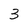
Character: 3